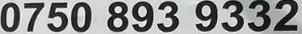
0750 893 9332